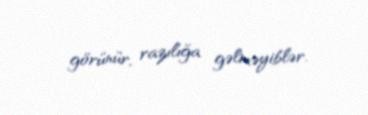
görünür, razılığa gəlməyiblər.